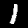
Label: 1